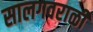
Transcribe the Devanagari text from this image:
सालगवराळी